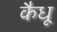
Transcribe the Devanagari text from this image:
कैधू